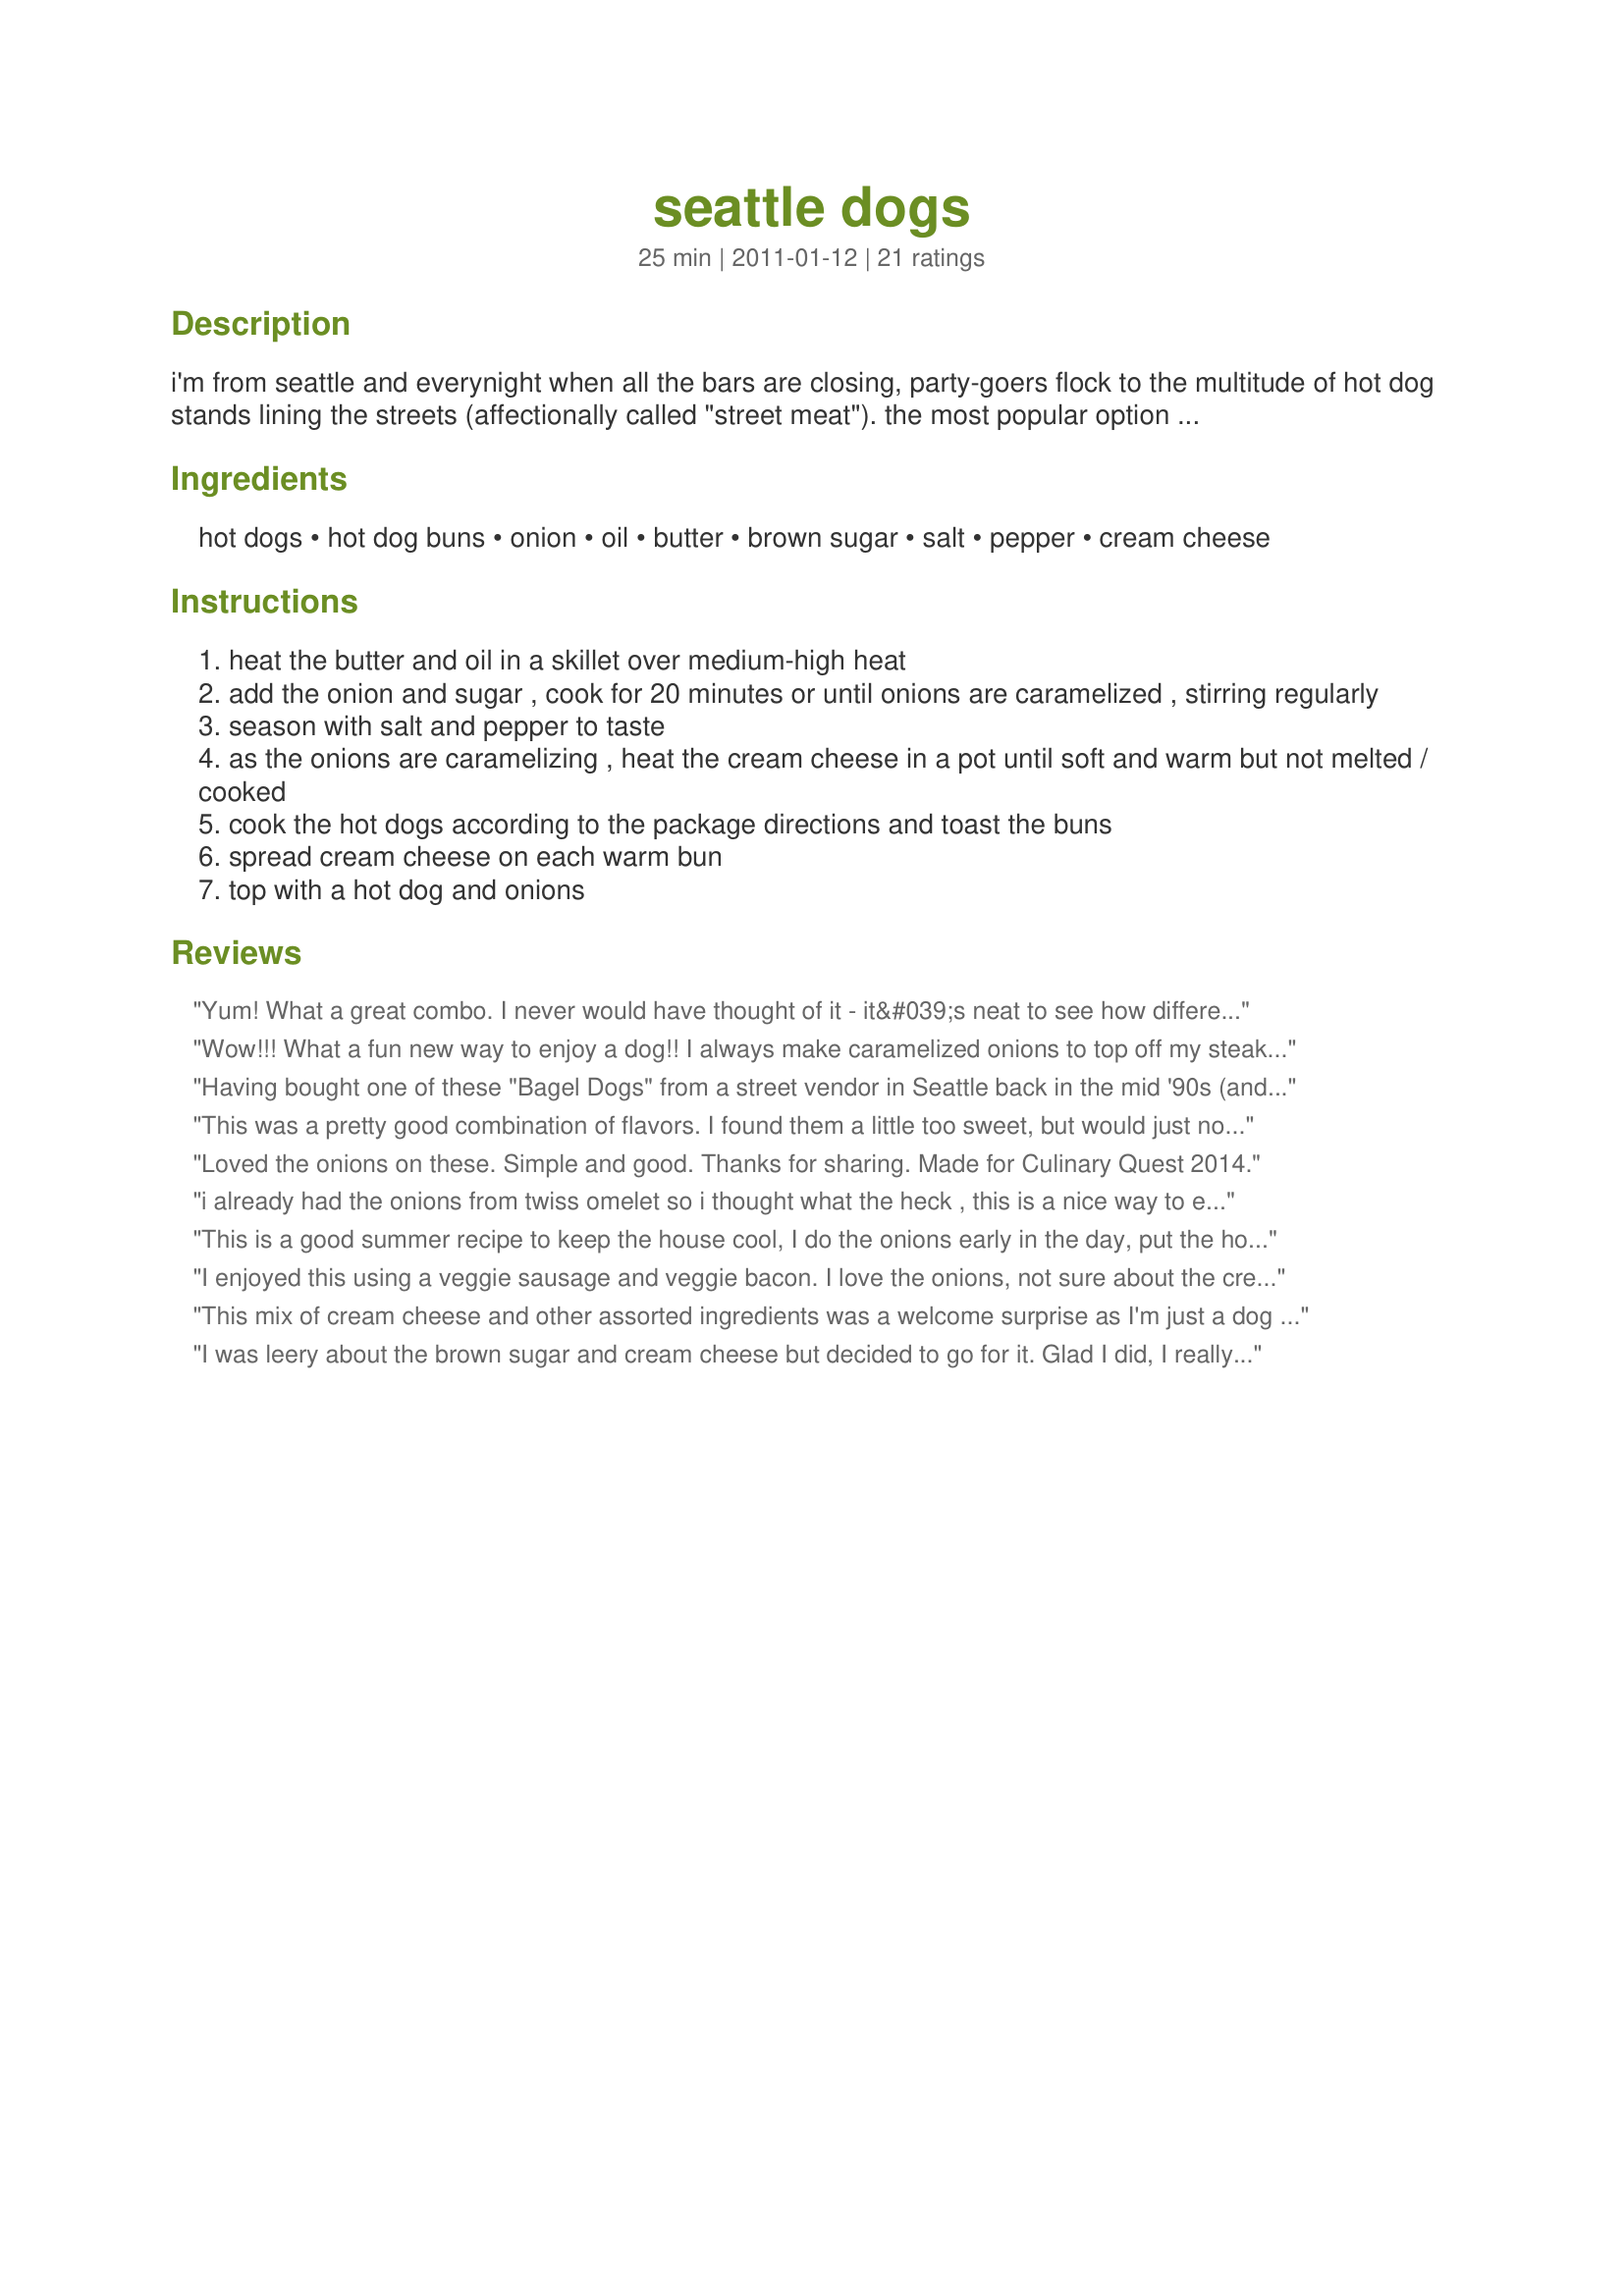
seattle dogs
Preparation time: 25 minutes

i'm from seattle and everynight when all the bars are closing, party-goers flock to the multitude of hot dog stands lining the streets (affectionally called "street meat"). the most popular option is the tried and true seattle dog. it sounds like a wierd combination but it is oh so delicious! some places also add sauteed cabbage if you want to give that a try.

Ingredients:
hot dogs, hot dog buns, onion, oil, butter, brown sugar, salt, pepper, cream cheese

Steps:
heat the butter and oil in a skillet over medium-high heat
add the onion and sugar , cook for 20 minutes or until onions are caramelized , stirring regularly
season with salt and pepper to taste
as the onions are caramelizing , heat the cream cheese in a pot until soft and warm but not melted / cooked
cook the hot dogs according to the package directions and toast the buns
spread cream cheese on each warm bun
top with a hot dog and onions

Reviews:
Yum! What a great combo. I never would have thought of it - it&#039;s neat to see how different regions come up with different ways to dress up hot dogs! Thanks for sharing. Culinary Quest &#039;14
Wow!!! What a fun new way to enjoy a dog!! I always make caramelized onions to top off my steak, so figured it would liven up a hot dog as well and I was right. I made this as written, but next time I will probably leave the brown sugar out, the onions make it sweet enough. Thanks for sharing a fun recipe. Made for Stars Tag Game.
Having bought one of these "Bagel Dogs" from a street vendor in Seattle back in the mid '90s (and yes, it was "after hours" just as you say), I can attest that these are pretty darn authentic! I definitely remember the creme cheese and the caramelized onions being signature ingredients. Only difference was I chose the sausage dog option back then, and therefore to recreate the memory I used them now too. As a fellow Washingtonian I can give my props; this classic combo really works and tastes great. For a twist you could also add red peppers to the onion. Thanks for posting, sofie-a-toast! [Made for I Recommend Red White and Blue]
This was a pretty good combination of flavors. I found them a little too sweet, but would just not use the sugar next time. I did really like the melty cream cheese and onions together. Will be making again!
Loved the onions on these. Simple and good. Thanks for sharing. Made for Culinary Quest 2014.
i already had the onions from twiss omelet so i thought what the heck , this is a nice way to eat a hotdog cakepops on parade hope you are having fun cakepops on parade pnw leg our quest
This is a good summer recipe to keep the house cool, I do the onions early in the day, put the hotdogs in a crockpot, and start it up about 3 hours before we eat.
I enjoyed this using a veggie sausage and veggie bacon. I love the onions, not sure about the cream cheese. Nice for a change!
This mix of cream cheese and other assorted ingredients was a welcome surprise as I'm just a dog and mustard only guy.I now have a a new awesome craving I will share with friends.tasty!
I was leery about the brown sugar and cream cheese but decided to go for it. Glad I did, I really enjoyed this. A keeper for sure. A nice break from a plain old hotdog. I used a smoked sausage instead of hotdog. First I boiled the sausage in a little water in a fry pan when the water was boiled out I slit the sausage in halve and fried it face down in its own juices just till slightly brown.
I am a bit confused. The accompanying photo suggests that bacon is used in this recipe. There is no bacon in the ingredients list, and bacon is not listed as a variation of the recipe. I know that I can add, or omit, bacon. But, what do they do in Seattle?
These are really good!!! I thought it would be too much onion. However as it cooked down it was just fine. I was tempted to not cook them for the full 20 minutes... I did and I think that was worth it. I was glad to learn that these are authentic.
This all goes very well together. I got the idea of using sausages from other reviewers and that worked out well. I also skipped the sugar for caramelizing the onion. These are messy, but worth it.
Made for the Culinary Quest 2014 - I have rarely met a hot dog I did not like &amp; this version ranks easily in my top 3 (high praise from one who loves their dogs &amp; lives in a city where the most popular restaurant is a hot dog stand!). 1 of their most popular versions uses sweet mustard w/crispy friend onions, so this was not far from a fave before my 1st bite. Siggi &amp; I have been eating so much rich food lately w/houseguests &amp; the Quest. All we really wanted for dinner last nite was comfort food &amp; we got it w/your recipe. Thx for sharing it w/us. :-)
Every once and a while, I crave a good ol&#039; hot dog. These offered a nice twist! I really loved the caramelized onions. I have never tried cream cheese on a hot dog before. I&#039;m not sure I&#039;d repeat that part again, but it was fun for a change! Made for Culinary Quest PNW - International Agents of Quest
My family loved this! Even my 4 year old. A great recipe that doesn't take long yet taste great!!
Family gave this a 4. I think it was pretty good but I think next time I will try it with smoked sausages instead of hot dogs. I love cream cheese and sauteed onions so this was a very nice change from the plain old American dog way of serving them..
I must say these are STRANGE, but GOOD!! I made as is and they had a nice sweetness from the sugared onions and the cream cheese was a nice touch. Made for PAC Spring 2011.
Hot dogs with the luxury of cream cheese. Never can I imagine people not indulging...or they get what they deserve. Made for Everyday Is A Holiday.
Very good! Creamy cheese, sweet onions, salty dogs. Perfect! Made for CQ 2014
This was delicious! I would have never thought to put cream cheese on a hot dog bun :) I heated it in the microwave for 30 seconds which was perfect to make it warm and soft, without dirtying another pot. For the culinary quest :)
